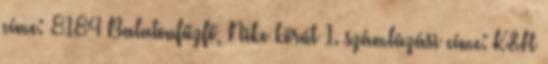
címe: 8184 Balatonfűzfő, Nike körút 1. számlázási címe: K&H